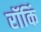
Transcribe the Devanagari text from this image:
रॉकिं